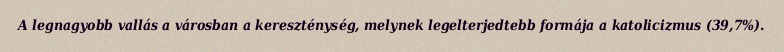
A legnagyobb vallás a városban a kereszténység, melynek legelterjedtebb formája a katolicizmus (39,7%).